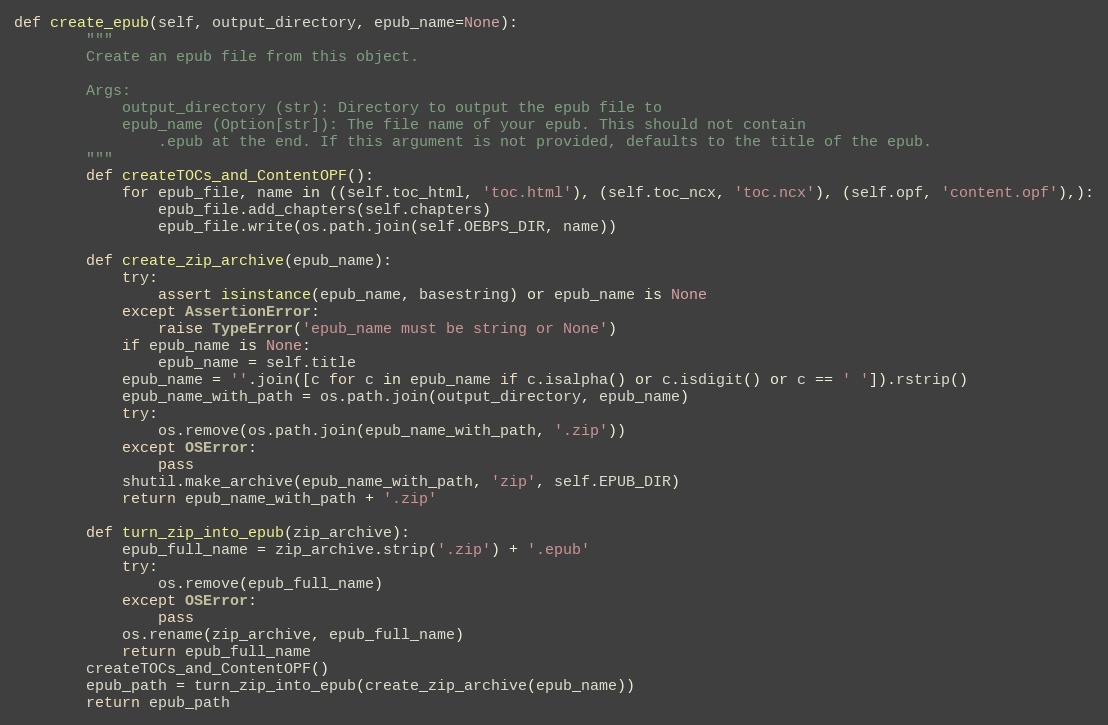
Language: Python
def create_epub(self, output_directory, epub_name=None):
        """
        Create an epub file from this object.

        Args:
            output_directory (str): Directory to output the epub file to
            epub_name (Option[str]): The file name of your epub. This should not contain
                .epub at the end. If this argument is not provided, defaults to the title of the epub.
        """
        def createTOCs_and_ContentOPF():
            for epub_file, name in ((self.toc_html, 'toc.html'), (self.toc_ncx, 'toc.ncx'), (self.opf, 'content.opf'),):
                epub_file.add_chapters(self.chapters)
                epub_file.write(os.path.join(self.OEBPS_DIR, name))

        def create_zip_archive(epub_name):
            try:
                assert isinstance(epub_name, basestring) or epub_name is None
            except AssertionError:
                raise TypeError('epub_name must be string or None')
            if epub_name is None:
                epub_name = self.title
            epub_name = ''.join([c for c in epub_name if c.isalpha() or c.isdigit() or c == ' ']).rstrip()
            epub_name_with_path = os.path.join(output_directory, epub_name)
            try:
                os.remove(os.path.join(epub_name_with_path, '.zip'))
            except OSError:
                pass
            shutil.make_archive(epub_name_with_path, 'zip', self.EPUB_DIR)
            return epub_name_with_path + '.zip'

        def turn_zip_into_epub(zip_archive):
            epub_full_name = zip_archive.strip('.zip') + '.epub'
            try:
                os.remove(epub_full_name)
            except OSError:
                pass
            os.rename(zip_archive, epub_full_name)
            return epub_full_name
        createTOCs_and_ContentOPF()
        epub_path = turn_zip_into_epub(create_zip_archive(epub_name))
        return epub_path